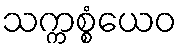
သက္ကစ္စံယေဝ